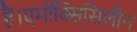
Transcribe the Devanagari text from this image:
हैं।एमॉक्सिसिलीन